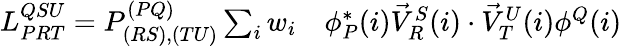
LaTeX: \begin{array}{rl}{L_{PRT}^{QSU}=P_{(RS),(TU)}^{(PQ)}\sum_{i}w_{i}}&{{}\phi_{P}^{*}(i)\vec{V}_{R}^{S}(i)\cdot\vec{V}_{T}^{U}(i)\phi^{Q}(i)}\end{array}